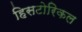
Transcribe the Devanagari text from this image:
हिसटोरिकल